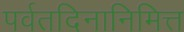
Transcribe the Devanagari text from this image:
पर्वतदिनानिमित्त